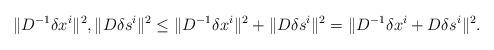
LaTeX: \begin{align*}\| D^{-1} \delta x^i \|^2, \| D \delta s^i \|^2 \le \| D^{-1} \delta x^i \|^2 + \| D \delta s^i \|^2= \|D^{-1} \delta x^i + D \delta s^i \|^2.\end{align*}